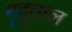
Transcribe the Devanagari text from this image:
मृदुताल